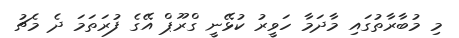
މި މުބާރާތުގައި މާދަމާ ހަވީރު ކުޅޭނީ ގްރޫޕް އޭގެ ފުރަތަމަ ދެ މެޗު